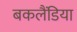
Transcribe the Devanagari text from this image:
बकलैंडिया